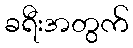
ခရီးအတွက်